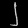
Digit: ၂